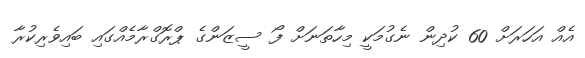
އެއް އަހަރަށް 60 ކުދިން ނެގުމަކީ މިހާތަނަށް ފޯ ސީޒަންގެ ޕްރޮގްރާމެއްގައި ބައިވެރިކުރާ